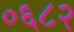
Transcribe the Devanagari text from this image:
०६८२